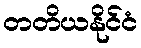
တတိယနိုင်ငံ